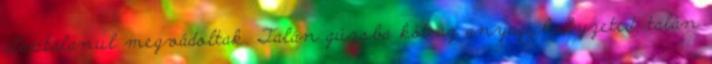
alaptalanul megvádoltak. Talán gúzsba köt az anyagi helyzeted, talán